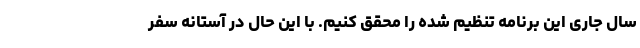
سال جاری این برنامه تنظیم شده را محقق کنیم. با این حال در آستانه سفر